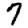
Digit: 7